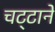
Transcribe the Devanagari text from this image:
चट्‍टानें